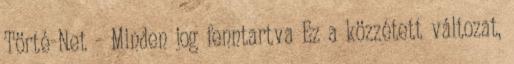
Törté-Net - Minden jog fenntartva Ez a közzétett változat,